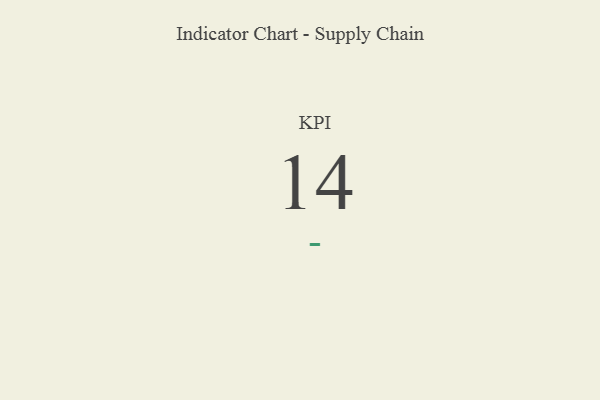
{"axis": {"x": "KPI", "y": "Value"}, "legend": [""], "data": [{"x": "KPI", "y": 14, "type": ""}]}